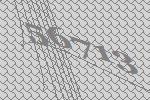
56713